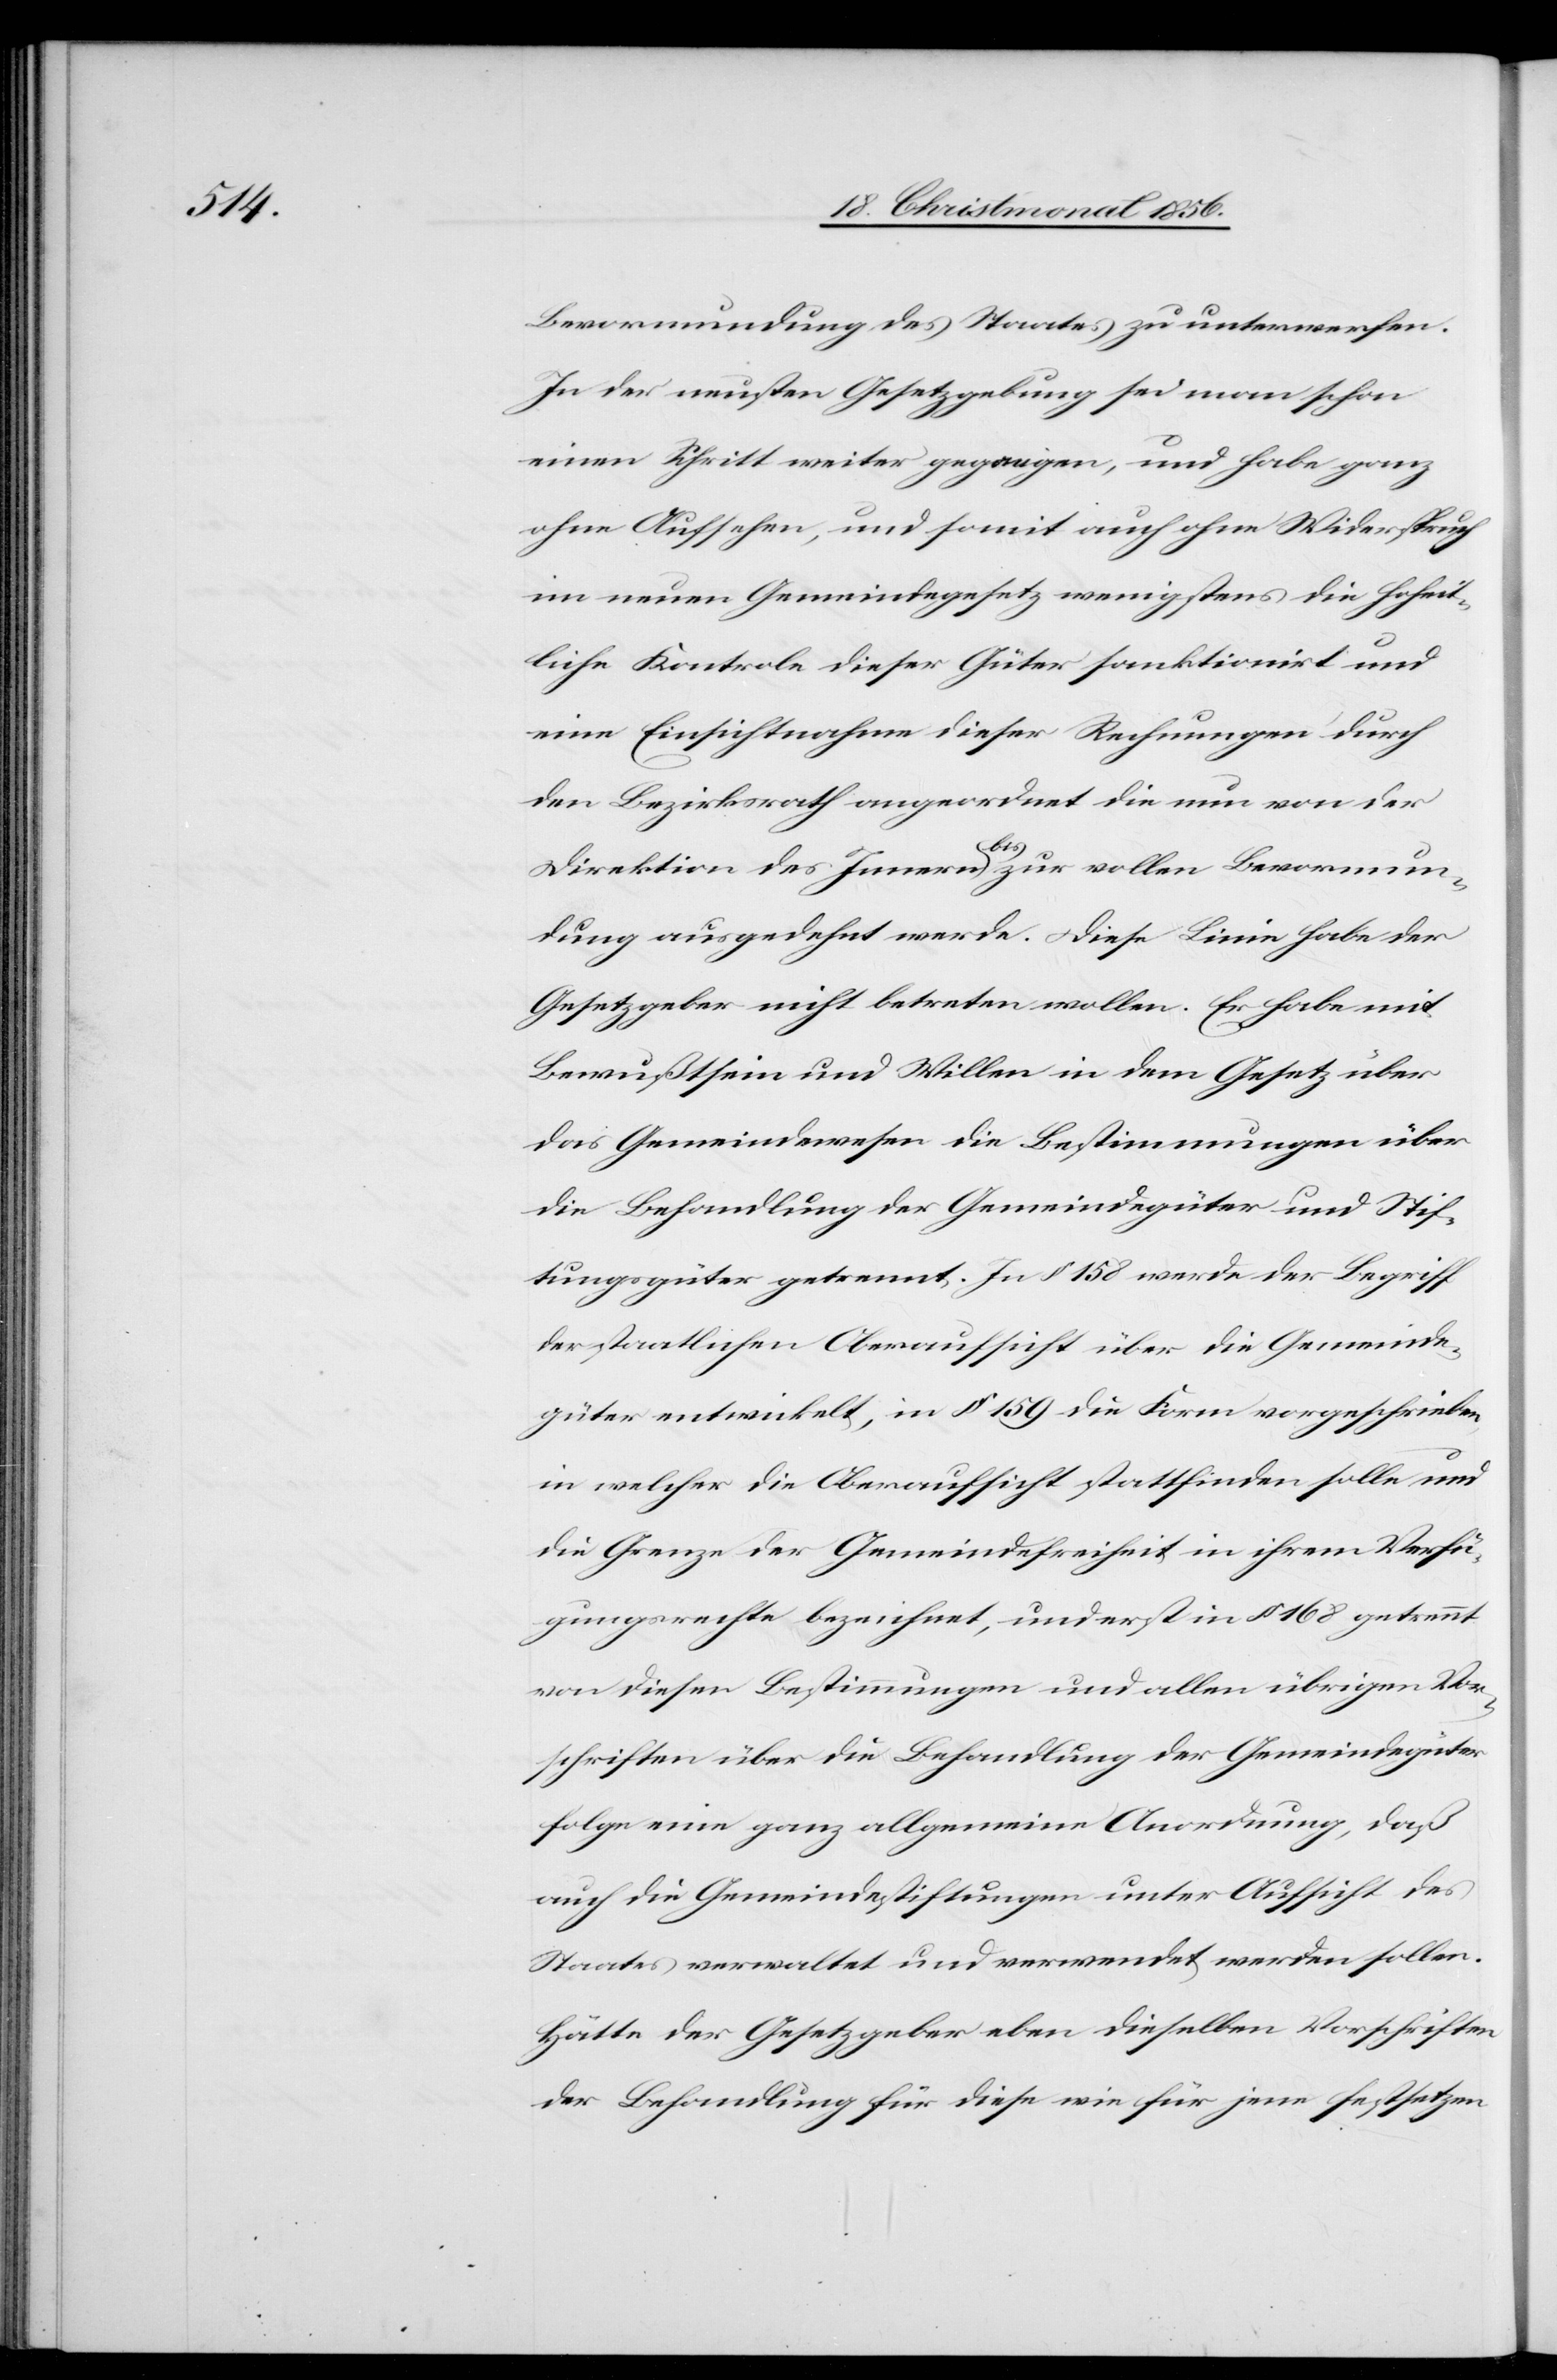
Bevormundung des Staates zu unterwerfen.
In der neusten Gesetzgebung sei man schon
einen Schritt weiter gegangen, und habe ganz
ohne Aufsehen, und somit auch ohne Widerspruch
im neuen Gemeindegesetz wenigstens die hoheit¬
liche Kontrole dieser Güter sanktionirt und
eine Einsichtnahme dieser Rechnungen durch
den Bezirksrath angeordnet die nun von der
Direktion des Innern a-bis-a zur vollen Bevormun¬
dung ausgedehnt werde. Diese Linie habe der
Gesetzgeber nicht betreten wollen. Er habe mit
Bewußtsein und Willen in dem Gesetz über
das Gemeindewesen die Bestimmungen über
die Behandlung der Gemeindegüter und Stif¬
tungsgüter getrennt. In § 158 werde der Begriff
der staatlichen Oberaufsicht über die Gemeinde¬
güter entwickelt, in § 159 die Form vorgeschrieben,
in welcher die Oberaufsicht stattfinden solle und
die Grenze der Gemeindefreiheit in ihrem Verfü¬
gungsrechte bezeichnet, und erst in § 168 getrennt
von diesen Bestimmungen und allen übrigen Vor¬
schriften über die Behandlung der Gemeindegüter
folge eine ganz allgemeine Anordnung, daß
auch die Gemeindestiftungen unter Aufsicht des
Staates verwaltet und verwendet werden sollen.
Hätte der Gesetzgeber eben dieselben Vorschriften
der Behandlung für diese wie für jene festsetzen